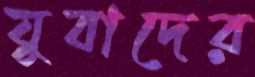
যুবাদের